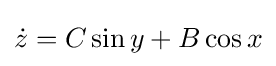
{\dot {z}}=C\sin y+B\cos x